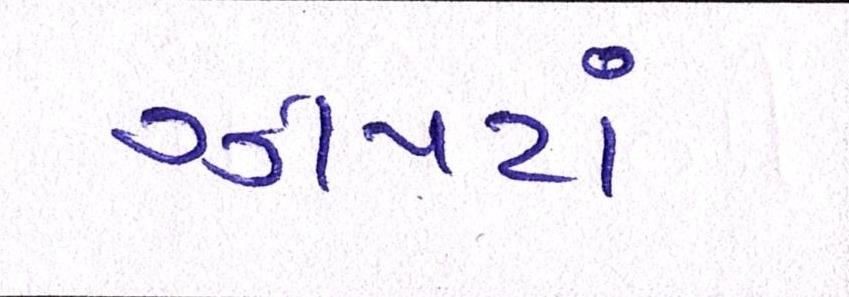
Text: ઝાપટાં